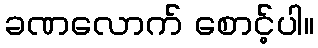
ခဏလောက် စောင့်ပါ။